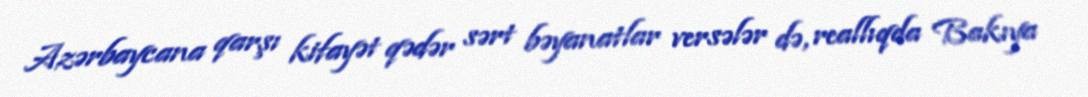
Azərbaycana qarşı kifayət qədər sərt bəyanatlar versələr də, reallıqda Bakıya